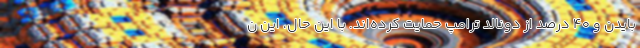
بایدن و ۴۰ درصد از دونالد ترامپ حمایت کرده‌اند. با این حال، این ن